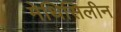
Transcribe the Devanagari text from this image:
मेथिसिलीन